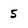
Character: 5